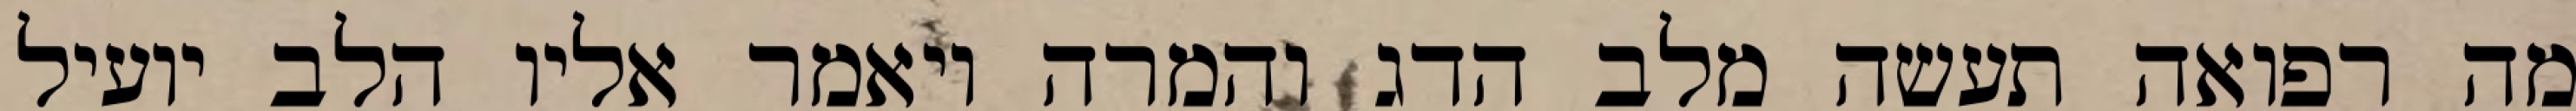
מה רפואה תעשה מלב הדג והמרה ויאמר אליו הלב יועיל